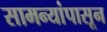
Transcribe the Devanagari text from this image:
सामन्यांपासून